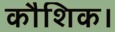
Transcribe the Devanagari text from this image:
कौशिक।